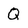
Character: Q